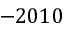
- 2 0 1 0